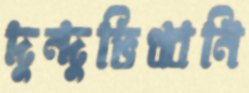
দুন্দুভিধ্বনি